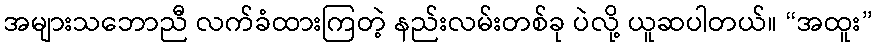
အများသဘောညီ လက်ခံထားကြတဲ့ နည်းလမ်းတစ်ခု ပဲလို့ ယူဆပါတယ်။ “အထူး”